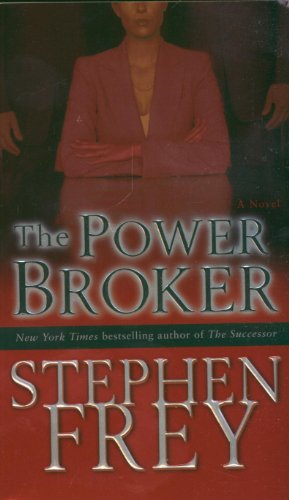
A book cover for The Power Broker: A Novel; Stephen Frey; Mystery, Thriller & Suspense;